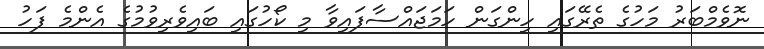
ނޮވެމްބަރު މަހުގެ ތެރޭގައި ހިންގަން ހަމަޖައްސާފައިވާ މި ކޯހުގައި ބައިވެރިވުމުގެ އެންމެ ފަހު